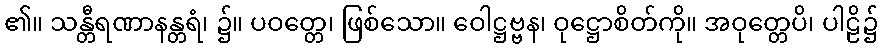
၏။ သန္တီရဏာနန္တရံ၊ ၌။ ပဝတ္တေ၊ ဖြစ်သော။ ဝေါဋ္ဌဗ္ဗန၊ ဝုဋ္ဌောစိတ်ကို။ အဝုတ္တေပိ၊ ပါဠိ၌